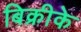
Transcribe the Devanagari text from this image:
बिक्रीके